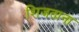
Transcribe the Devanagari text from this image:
शिजताना